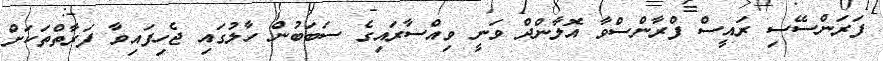
ފަރަންސޭސި ރައީސް ފްރާންސްވާ އޮލާންދް ވަނީ ވިއްސާރައިގެ ސަބަބުން ހާލުގައި ޖެހިފައިވާ ފަރާތްތަކަށް